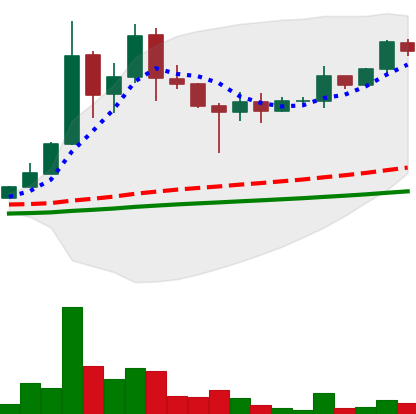
Ticker: DOGE-USD
Chart end date: 2021-05-02
Forward return: 82.099%
Label: up_7plus